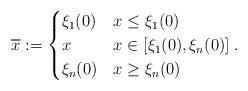
LaTeX: \begin{align*} \overline{x} := \begin{cases} \xi_1(0)&x\le \xi_1(0)\\ x&x\in[\xi_1(0),\xi_n(0)]\\ \xi_n(0)&x\ge \xi_n(0) \end{cases}.\end{align*}